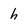
Character: h